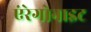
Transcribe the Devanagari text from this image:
एंरेगोनाइट